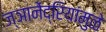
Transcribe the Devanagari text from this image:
ज्ञानेंद्रियांमुळे